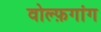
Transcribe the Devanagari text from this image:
वोल्फ़गांग